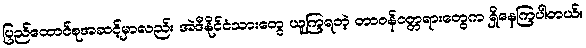
ပြည်ထောင်စုအဆင့်မှာလည်း အဲဒီနိုင်ငံသားတွေ ယူကြရတဲ့ တာဝန်ဝတ္တရားတွေက ရှိနေကြပါတယ်။